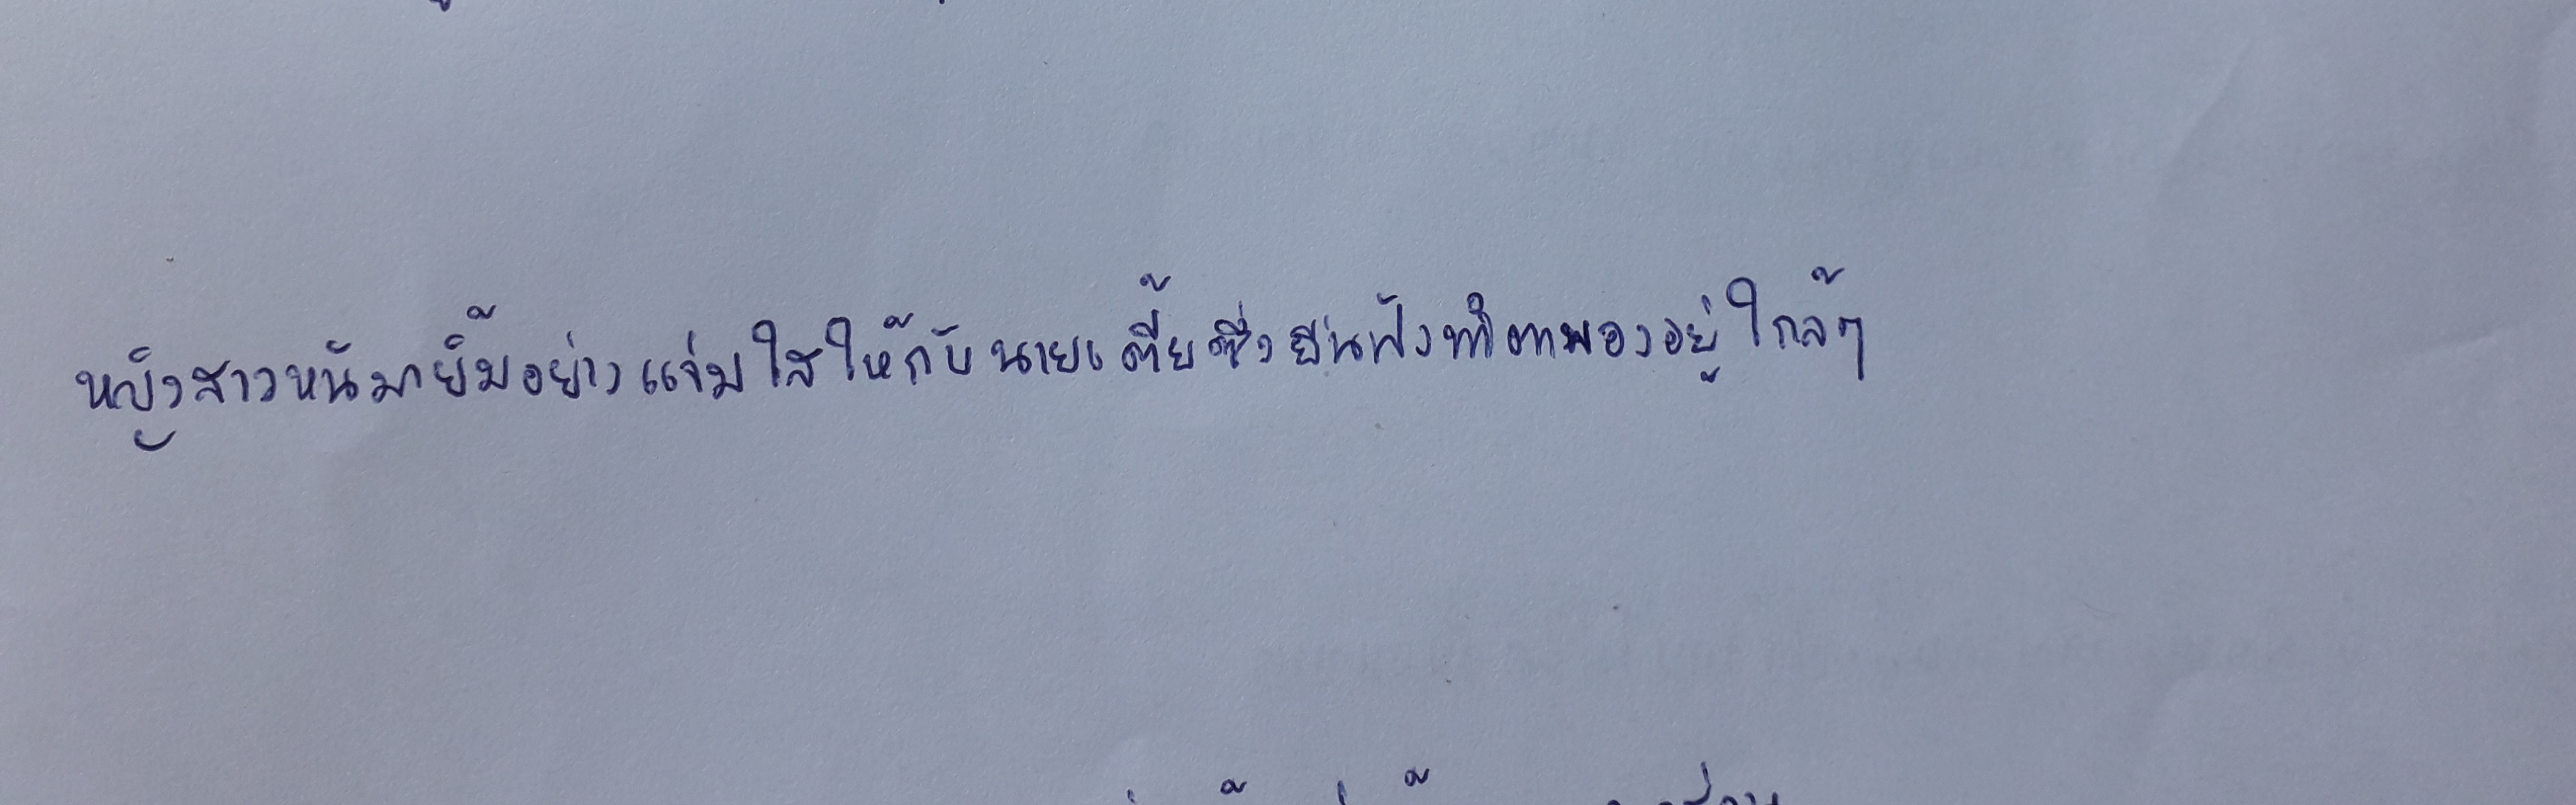
หญิงสาวหันมายิ้มอย่างแจ่มใสให้กับนายเตี้ยซึ่งยืนฟังทำตาพองอยู่ใกล้ๆ